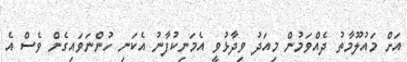
އަށް މައުލޫމާތު ދެއްވަމުން މިއަދު ވިދާޅުވީ އެމަނިކުފާނު އެކަނި ހުންނަވައިގެން ވެސް އެ